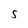
Character: S